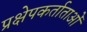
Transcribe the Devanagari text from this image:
प्रक्षेपकर्ताताओं